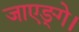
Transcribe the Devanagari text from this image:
जाएङ्गे।